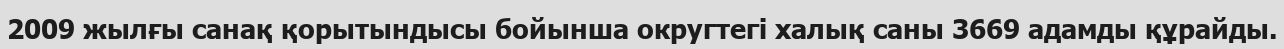
2009 жылғы санақ қорытындысы бойынша округтегі халық саны 3669 адамды құрайды.